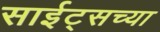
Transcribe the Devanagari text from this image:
साईट्सच्या